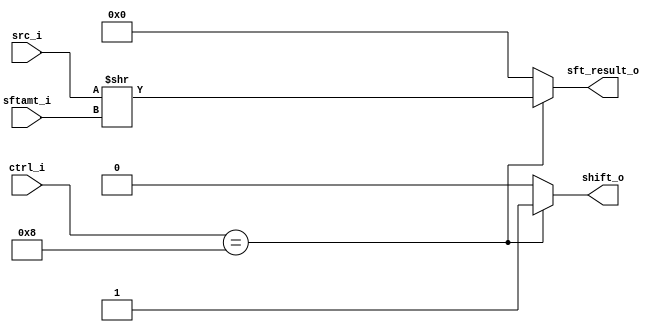
`timescale 1ns / 1ps
//////////////////////////////////////////////////////////////////////////////////
// Company: 
// Engineer: 
// 
// Design Name: 
// Module Name:    shift_logical 
// Project Name: 
// Target Devices: 
// Tool versions: 
// Description: 
//
// Dependencies: 
//
// Revision: 
// Revision 0.01 - File Created
// Additional Comments: 
//
//////////////////////////////////////////////////////////////////////////////////
module Shift_Logical(
			src_i,
			sftamt_i,
			ctrl_i,
			shift_o,
			sft_result_o
			);
			
//I/O ports
input  [32-1:0]  src_i;
input  [5-1:0]   sftamt_i;
input  [4-1:0]   ctrl_i;


output	 			shift_o;
output [32-1:0]   sft_result_o;

//Internal signals
reg    shift_o;
reg    [32-1:0] sft_result_o;

//Parameter

//Main function



always@(ctrl_i,src_i,sftamt_i)begin
	if(ctrl_i==4'b1000)begin shift_o=1; sft_result_o <= src_i >> sftamt_i; end
	else begin shift_o=0; sft_result_o <= 0; end
end



endmodule